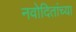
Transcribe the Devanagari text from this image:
नवोदितांच्या